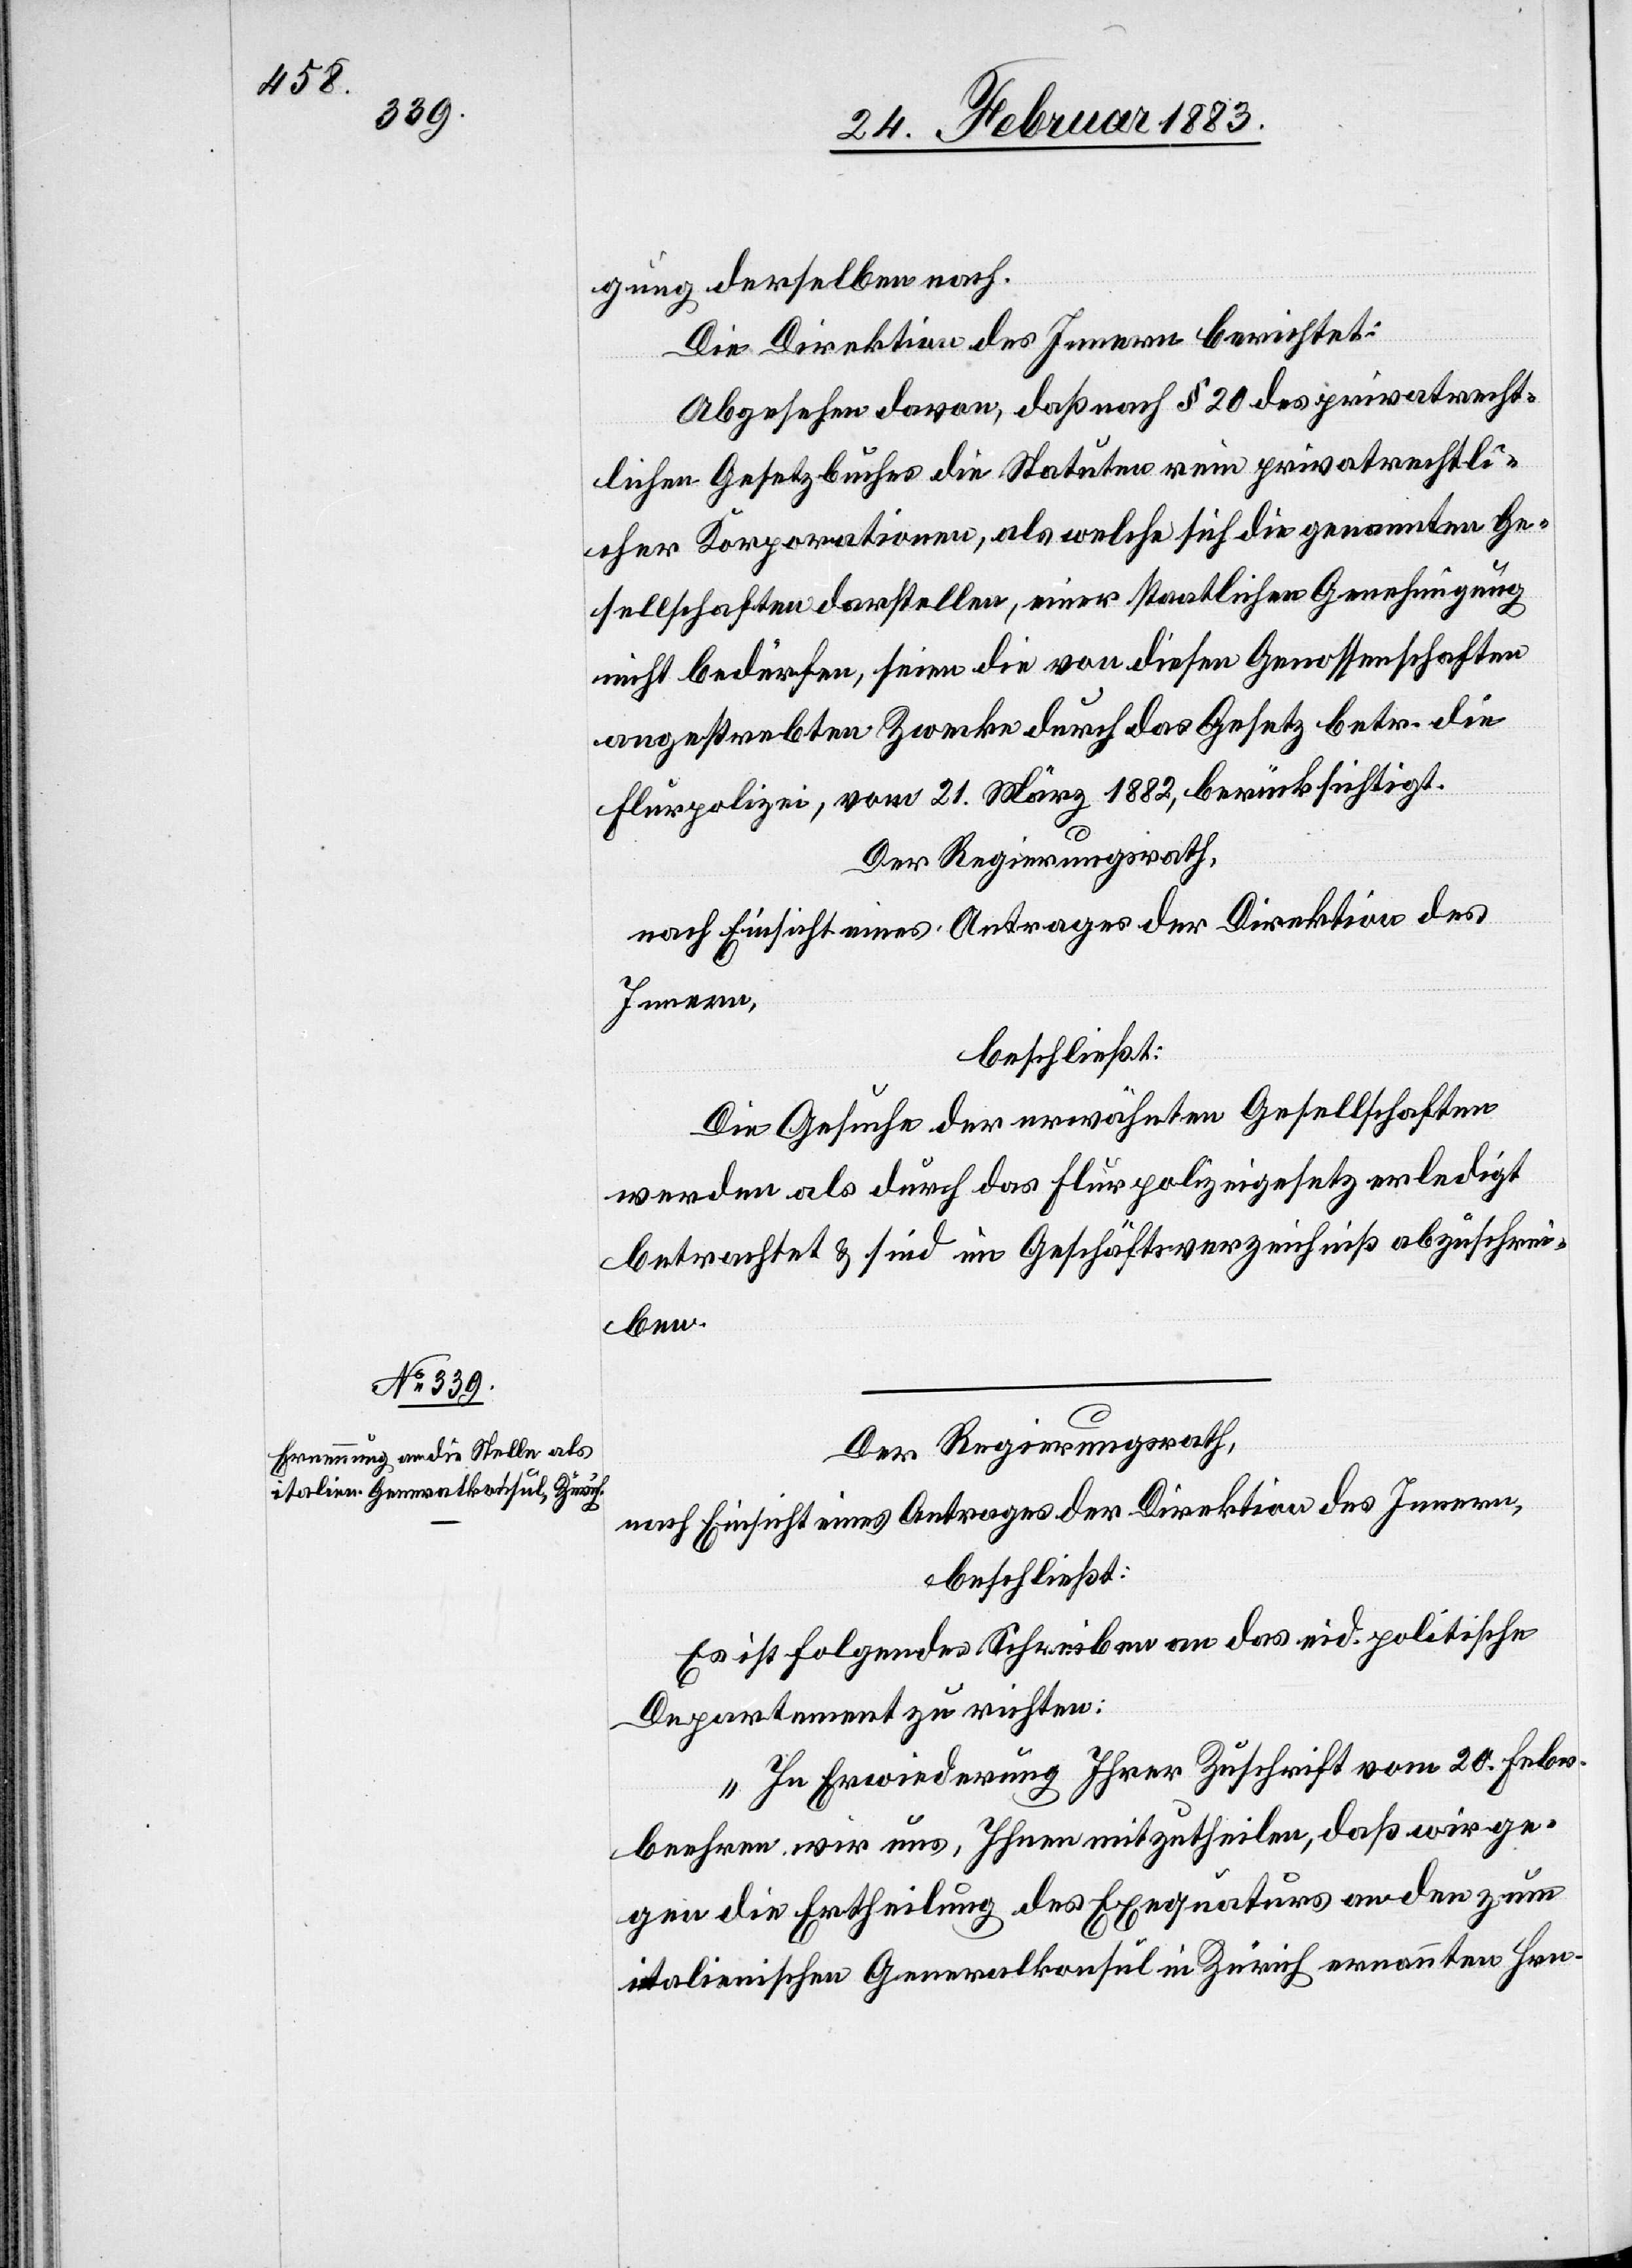
gung derselben nach.
Die Direktion des Innern berichtet:
Abgesehen davon, daß nach § 20 des privatrecht¬
lichen Gesetzbuches die Statuten rein privatrechtli¬
cher Korporationen, als welche sich die genannten Ge¬
sellschaften darstellen, einer staatlichen Genehmigung
nicht bedürfen, seien die von diesen Genossenschaften
angestrebten Zwecke durch das Gesetz betr. die
Flurpolizei, vom 21. März 1882, berücksichtigt.
Der Regierungsrath,
nach Einsicht eines Antrages der Direktion des
Innern,
beschließt:
Die Gesuche der erwähnten Gesellschaften
werden als durch das Flurpolizeigesetz erledigt
betrachtet & sind im Geschäftsverzeichniß abzuschrei¬
ben.
Der Regierungsrath,
nach Einsicht eines Antrages der Direktion des Innern,
beschließt:
Es ist folgendes Schreiben an das eid. politische
Departement zu richten:
„In Erwiederung Ihrer Zuschrift vom 20. Febr.
beehren wir uns, Ihnen mitzutheilen, daß wir ge¬
gen die Ertheilung des Exequaturs an den zum
italienischen Generalkonsul in Zürich ernannten Hrn.